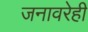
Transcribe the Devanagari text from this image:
जनावरेही